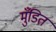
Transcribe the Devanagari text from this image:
मुँडित